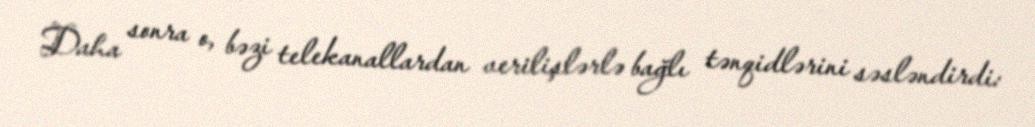
Daha sonra o, bəzi telekanallardan verilişlərlə bağlı tənqidlərini səsləndirdi: